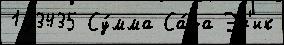
193435 Су́мма Са́да Эр'ик